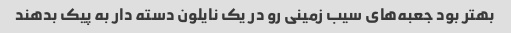
بهتر بود جعبه‌های سیب زمینی رو در یک نایلون دسته دار به پیک بدهند